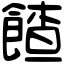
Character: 餷